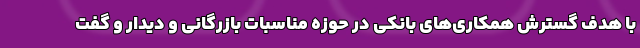
با هدف گسترش همکاری‌های بانکی در حوزه مناسبات بازرگانی و دیدار و گفت